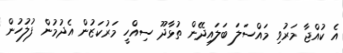
އެ ކުއްޖާ މަރުވި މައްސަލަ ބަލައިދޭން ތުޅާދޫ ސިއްހީ މަރުކަޒުން އެދުމުން ފުލުހުން